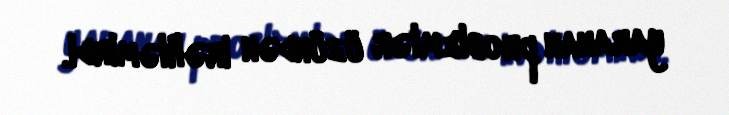
yaranan problemlər üzündən irəliləmirdi.